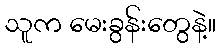
သူက မေးခွန်းတွေနဲ့။